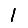
Digit: 1